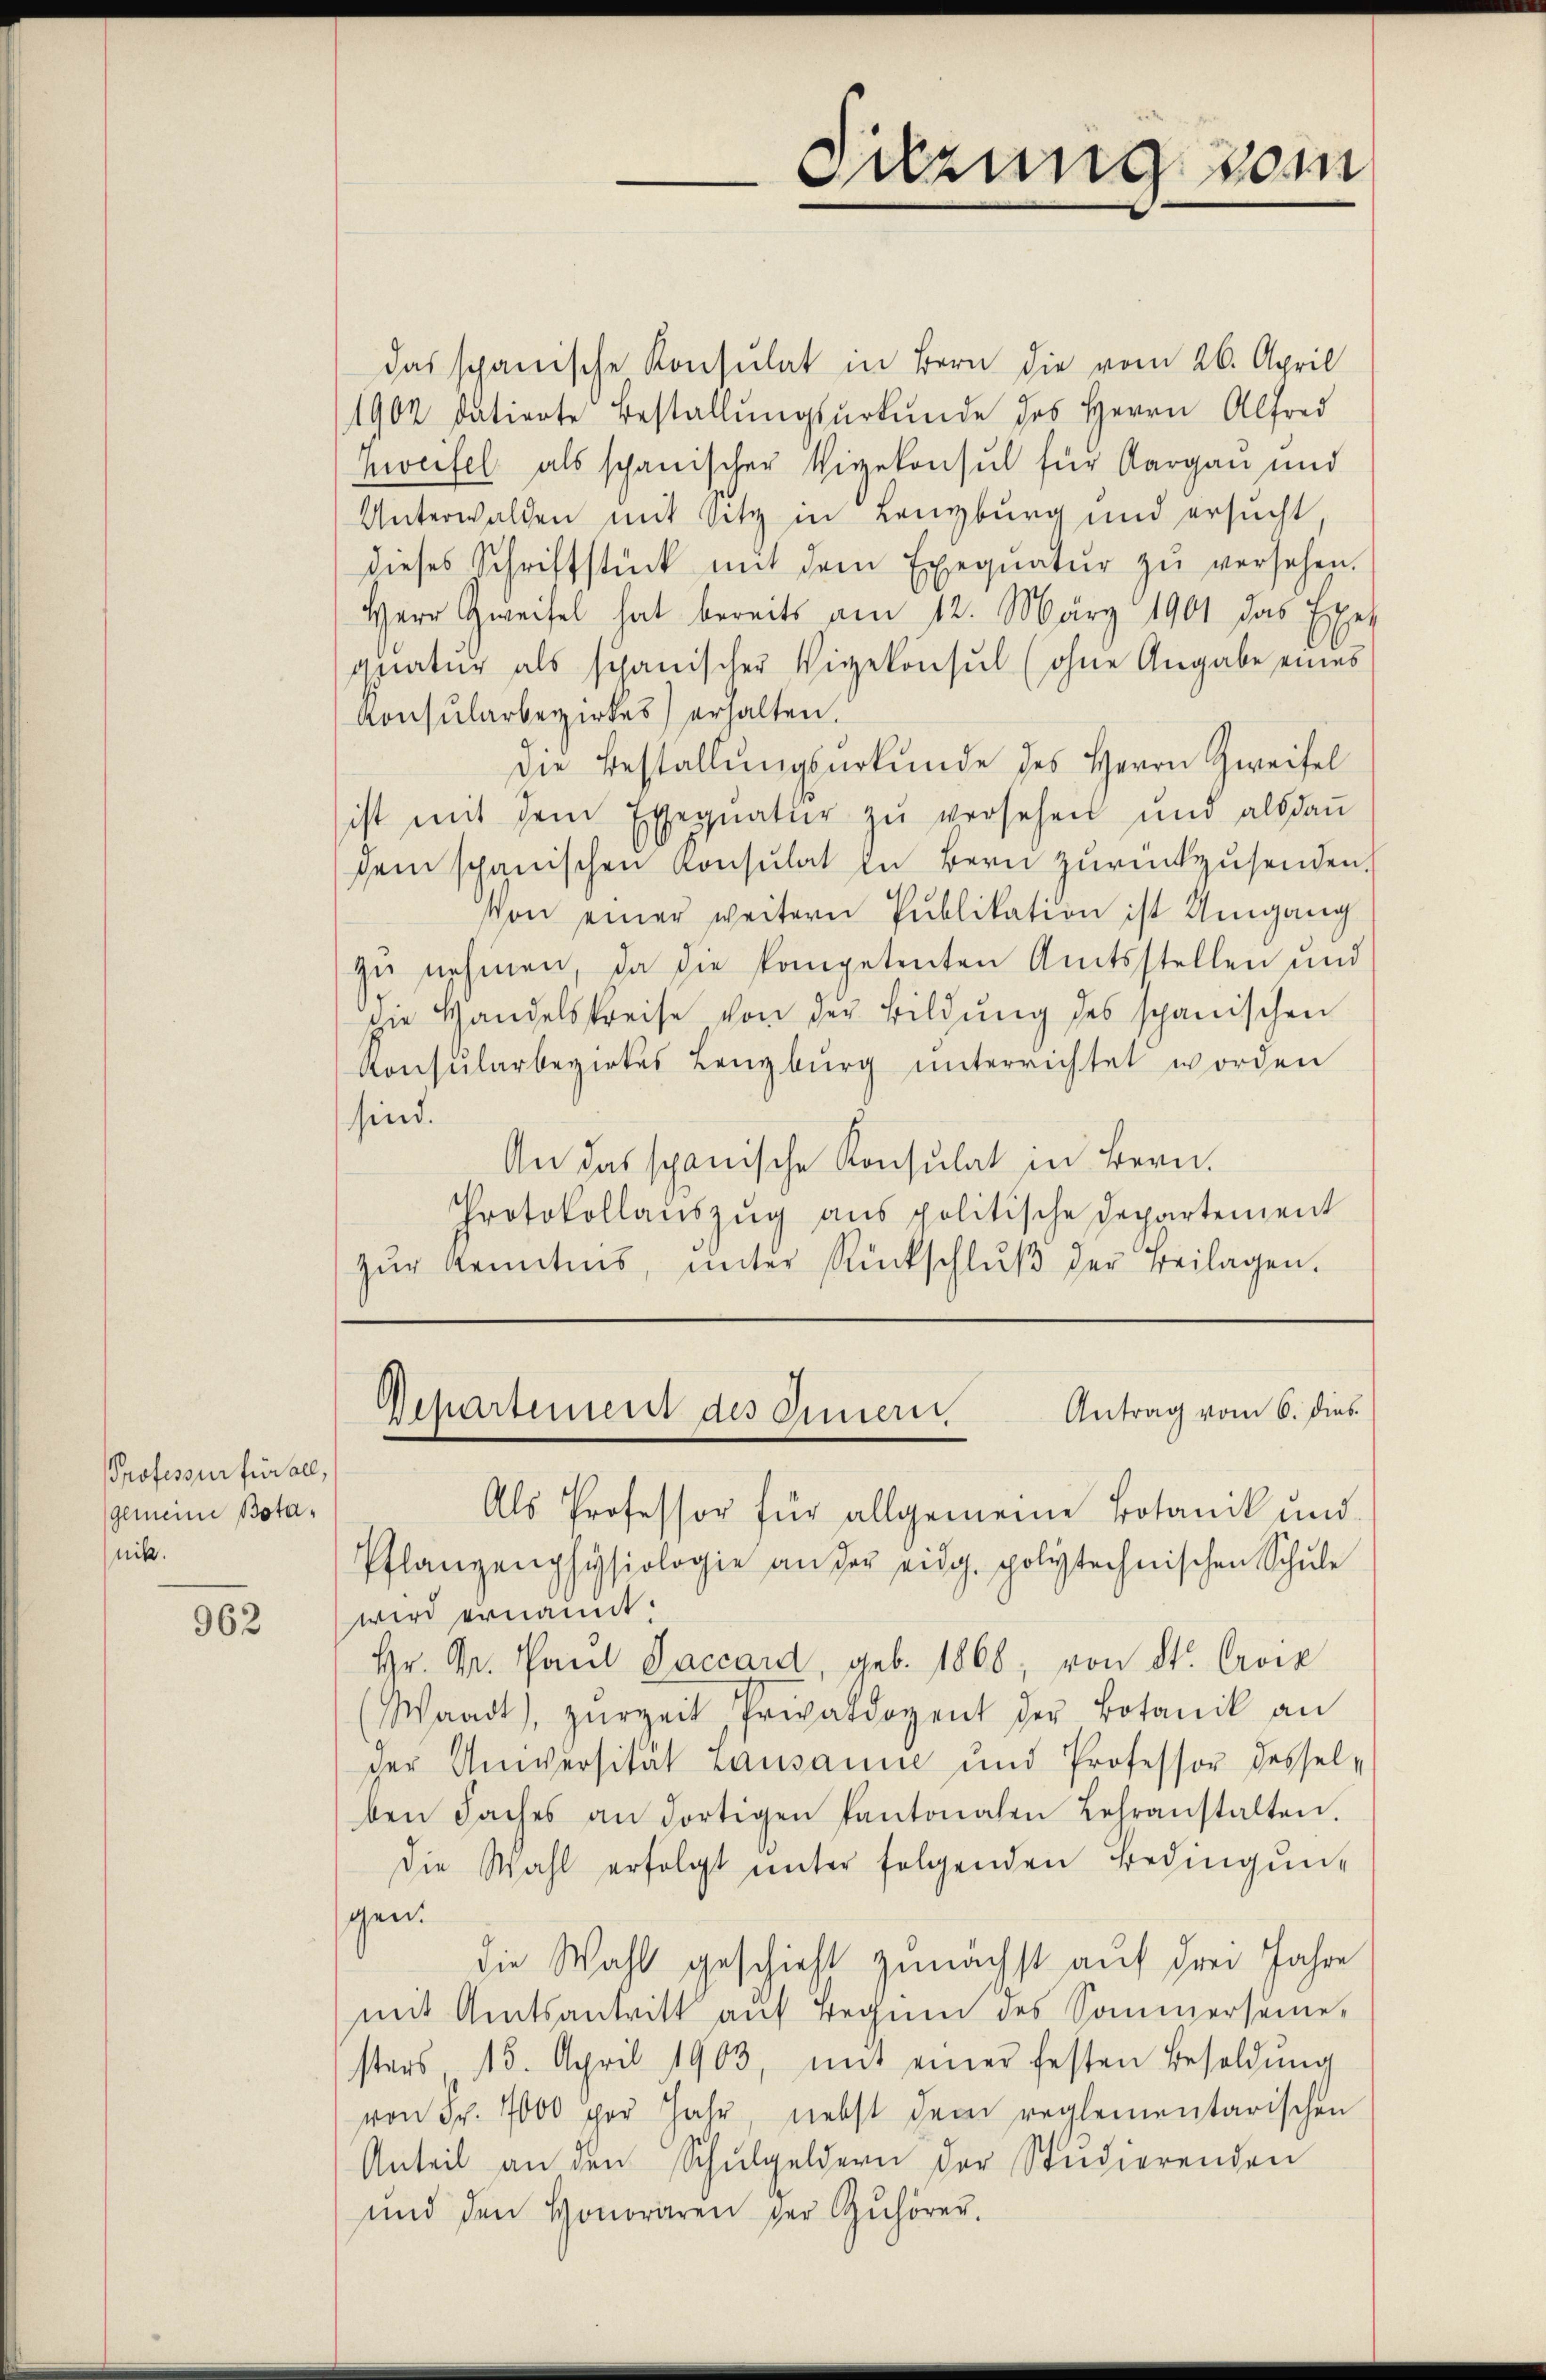
PProfessur für all,
gemeine Botanik.

962

das spanische Konsulat in Bern die vom 26. April
1902 datierte Bestallŭngsŭrkŭnde des Herrn Alfred
Zweifel als schanischer Vizekonsul für Aargau und
Unterwalden mit Sitz in Lenzburg und ersucht
dieses Schriftstück mit dem Exeqŭatŭr zŭ versehen.
Herr Zweifel hat bereits am 12. März 1901 das Exer
gnatur als schanischer Vizekonsul (ohne Angabe eines
Konsularbezirkes) erhalten.
die Bestallŭngsurkunde des Herrn Zweifel
ist mit dem Exequatŭr zŭ versehen und als daṅ
dem spanischen Konsulat in Bern zurückzusenden.
son einer weitern Publikation ist Umgang
zu nehmen, da die kompetenten Amtsstellen und
die Handelspreise von der Bildung des spanischen
Konsŭlarbegirtes Lenzburg unterrichtet worden
sind.
An das spanische Konsulat in Bern.
Protokollauszug aus politische Departement
zŭr Kenntnis, ŭnter Rückschlŭβ der Beilagen.

Sitzung vom

Antrag vom 6. dies
Departement des Innern.

Als Professor für allgemeine Botanik und
Pflanzenphysiologie an der eidg. polytechnischen Schŭle
wird ernannt.
Hr. Gr. Paul Vaccard, geb. 1868, von St. Croix
Waadt, zurzeit, Privatdozent der Botanik an
der Universität Lausanne und Professor desselben Saches an dortigen Kantonalen Lehranstalten.
die Wahl erfolgt unter folgenden Bedingung
gen.
die Wahl geschieht zunächst auf drei Jahre
mit Amtsantritt auf Begnen des Sommerseme-
sters 15. April 1903, mit einer festen Besoldŭng
von Fr. 7000 per Jahr, nebst dem reglementarischen
Anteil an den Schŭlgeldern der Studierenden
und den Honoraren der Zuhörer.